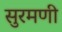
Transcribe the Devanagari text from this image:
सुरमणी